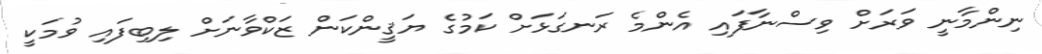
ނިންމާނީ ވަރަށް ވިސްނާފައި އެންމެ ރަނގަޅަށް ކަމުގެ ޔަޤީންކަން ޒަކްވާނަށް ލިބިފައި ވުމަކީ